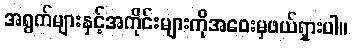
အရွက်များနှင့်အကိုင်းများကိုအဝေးမှဖယ်ရှားပါ။